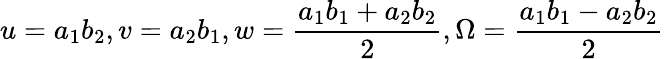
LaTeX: u=a_{1}b_{2},v=a_{2}b_{1},w=\frac{a_{1}b_{1}+a_{2}b_{2}}{2},\Omega=\frac{a_{1}b_{1}-a_{2}b_{2}}{2}